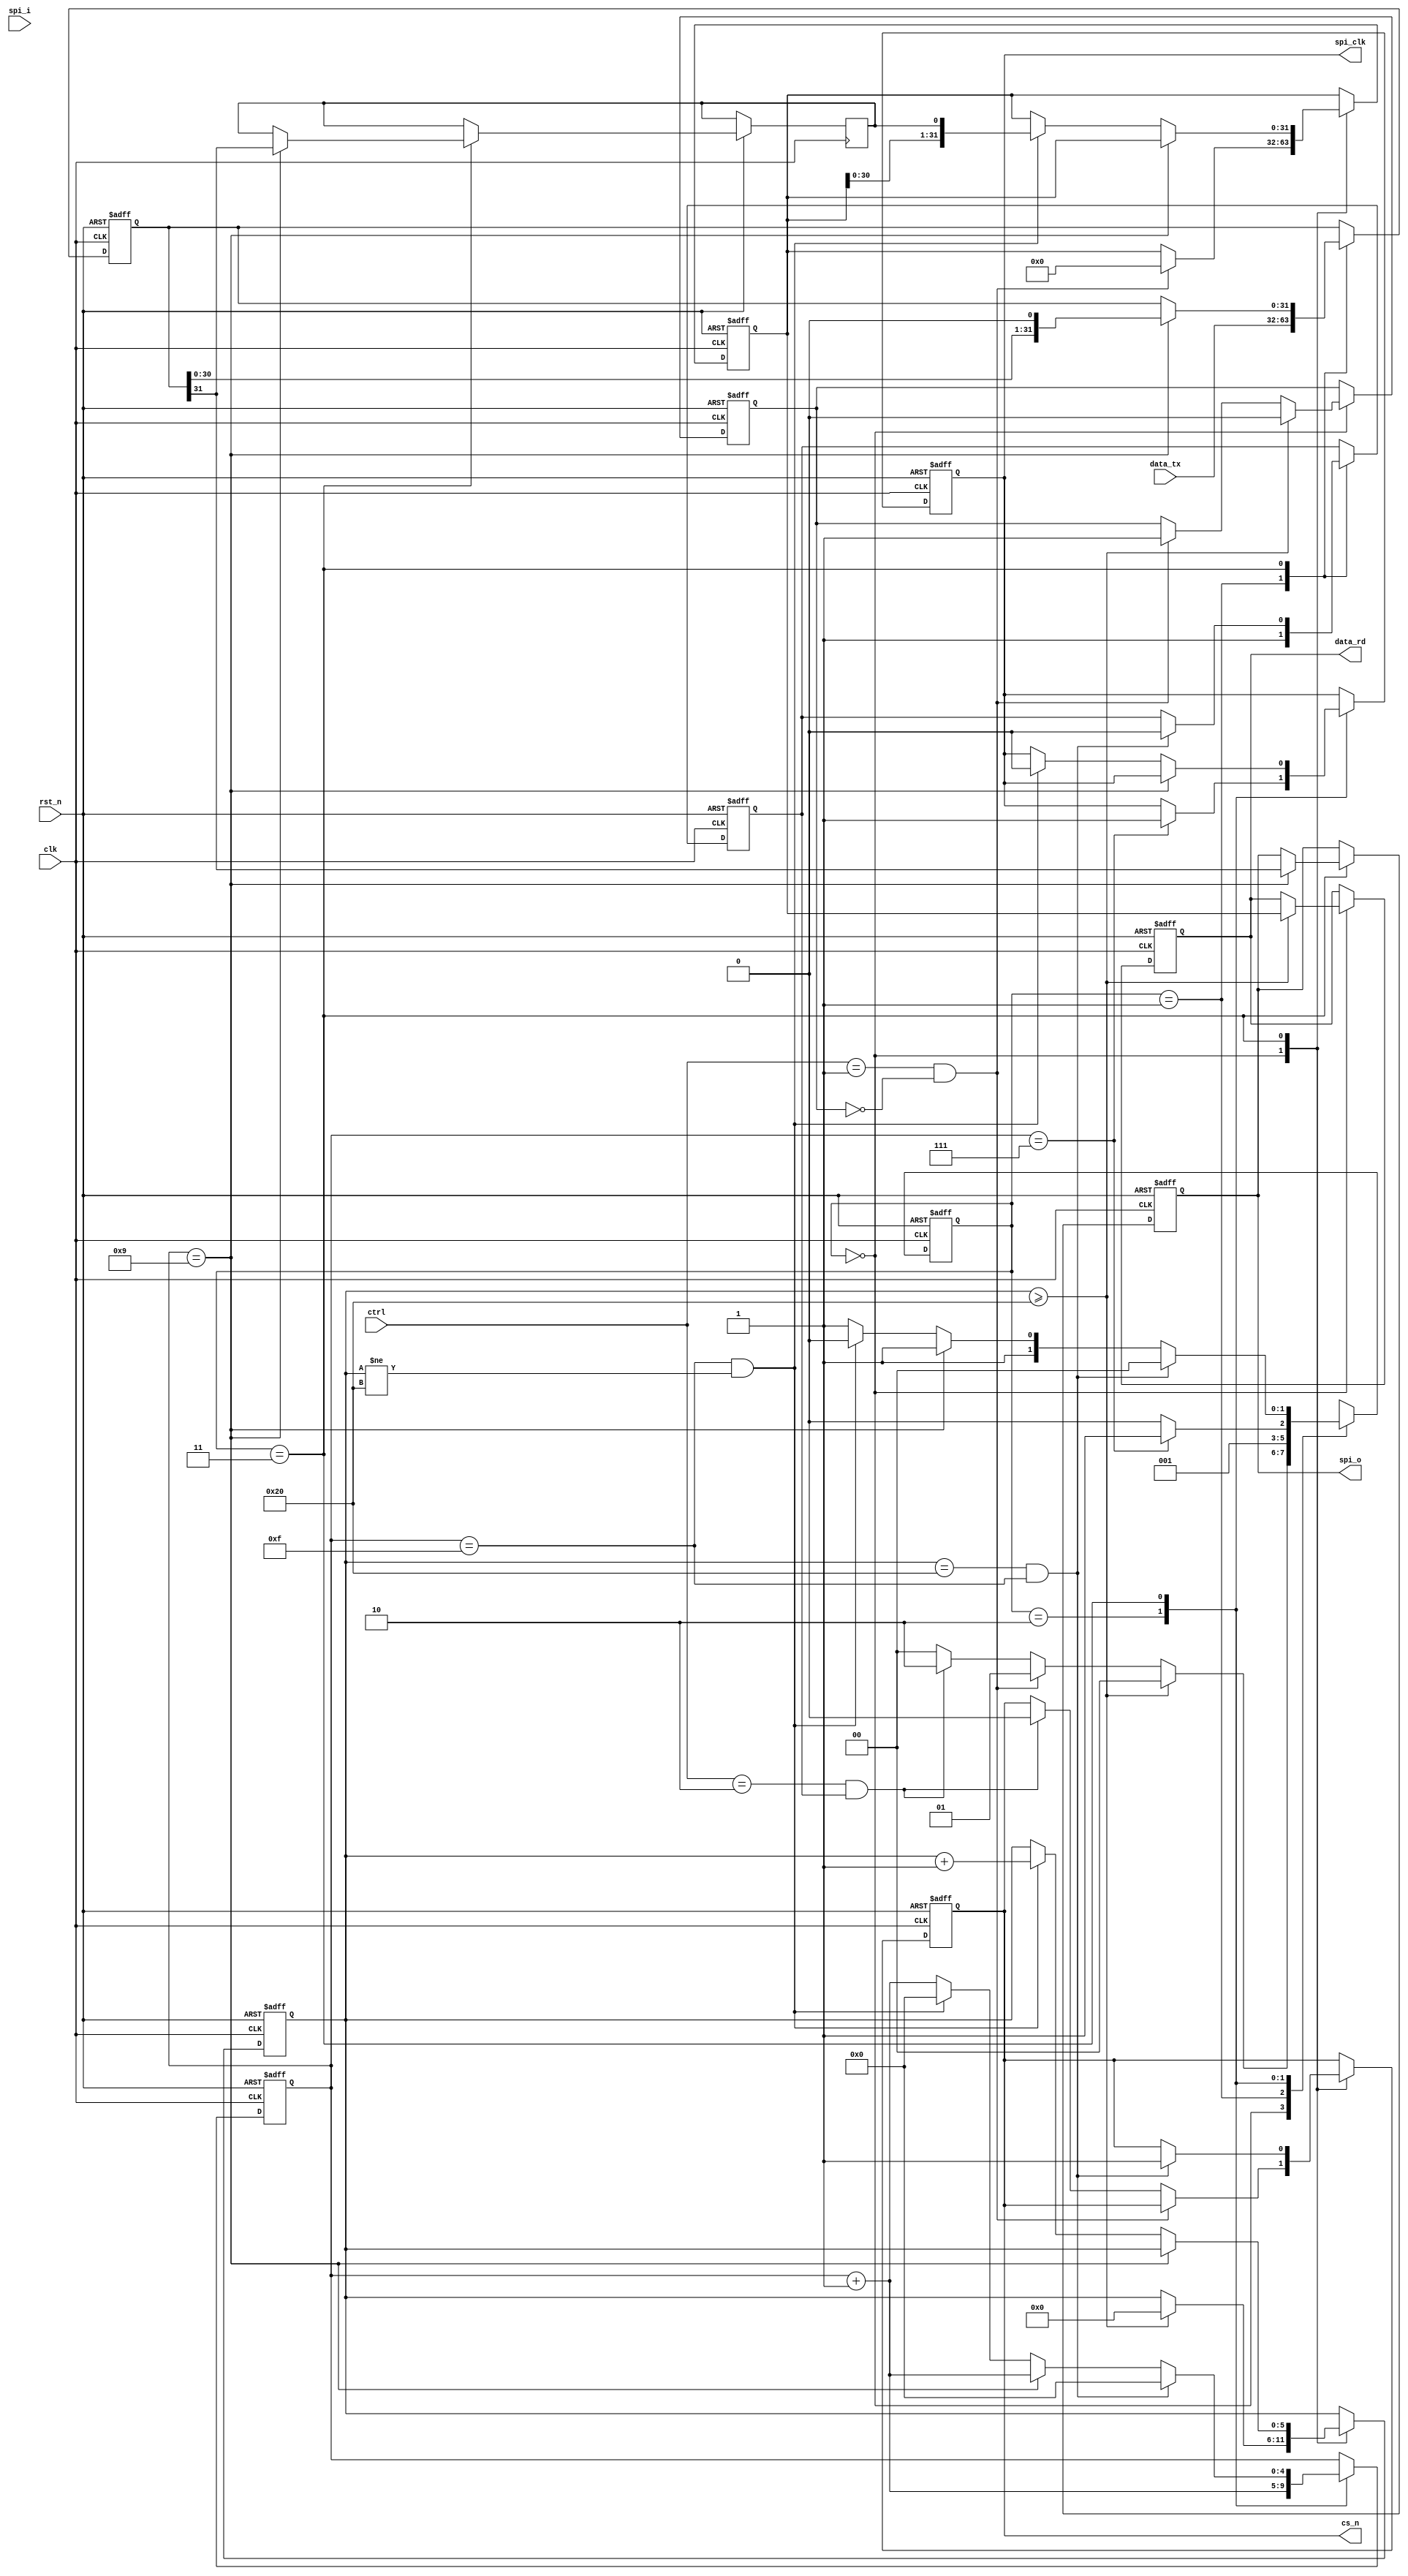
module spi_master(
    input  wire        clk,
    input  wire        rst_n,
    input  wire [31:0] ctrl,
    input  wire [31:0] data_tx,
    input  wire        spi_i,
    
    output reg  [31:0] data_rd,
    
    output reg         spi_clk,
    output reg         cs_n,
    output reg         spi_o
    );

//FSM parameters
parameter idle = 2'b00;
parameter setSR = 2'b01;
parameter stage1 = 2'b10;
parameter stage2 = 2'b11;

//Registers to be declared
reg [31:0] MOSI;
reg [1:0] state_current;
reg initiateSR;
reg srWriteFlag;
reg [4:0] spiclkCounter;
reg [5:0] dataOutCounter;

reg[31:0] localSlaveFIFO;

reg spi_oLatch;

always @(posedge clk or negedge rst_n) begin
    if(~rst_n) begin
        data_rd <= 32'b0;
        spi_clk <= 1'b0;
        cs_n <= 1'b1;
        spi_o <= 1'b0;
        MOSI <= 32'b0;
        initiateSR <= 1'b0;
        srWriteFlag <= 1'b0;
        spiclkCounter <= 3'b0;
        dataOutCounter <= 3'b0;
        localSlaveFIFO <= 32'b0;
        state_current <= idle;
    end else begin
        case(state_current)

            idle: begin //when the transition is done its going to go to this idle stage will it get stuck in else statment of if?
                if(ctrl == 8'h00000001 & initiateSR == 1'b0) begin
                    initiateSR <= 1'b1;
                    localSlaveFIFO <= 32'b0;
                    state_current <= setSR;
                    //after 32 bits have been transferred since srWriteFlag was never reset it comes to idle and immediately back here
                end else if(ctrl == 8'h00000002 && srWriteFlag == 1) begin
                    cs_n <= 0;
                    state_current <= stage1;
                end else begin
                    state_current <= idle;
                end

                if(dataOutCounter >= 32) begin
                    dataOutCounter <= 0;
                    data_rd <= localSlaveFIFO;
                    //this should be set to 0 so the ctrl can go back into the initiateSR stage if not stages just go 01010101
                    initiateSR <= 0;
                    state_current <= idle;
                end
            end

            setSR: begin
                MOSI <= data_tx;
                srWriteFlag <= 1'b1;
                state_current <= idle;
            end

            stage1: begin
                //this makes the frequency ratio 16, first 8 are when clock polarity is low
                spiclkCounter <= spiclkCounter + 1;
                if(spiclkCounter == 7) begin
                    spi_clk <= 1; //flip polarity go to next stage
                    state_current <= stage2;
                end else begin
                    state_current <= stage1;
                end                
            end

            stage2: begin // this will transmit untilspiclkcounter = 16 so no good
                //sample the data, will this cause problems?
                spiclkCounter <= spiclkCounter + 1;
                if(spiclkCounter ==9) begin
                    //shift into spi_o the MSB of local master register MISO, maybe change name to reduce conf
                    spi_o <= MOSI[31];
                    spi_oLatch <= MOSI[31];
                    //moves to next msb bit
                    MOSI <= {MOSI[30:0], 1'b0};
                    state_current <= stage2;
                end else begin 
                    if(spiclkCounter == 15 && dataOutCounter != 32) begin
                        //assign this MSB of MOSI to localslave reigster through spi_o
                        //when data out counter turns to 1 this does not update
                        localSlaveFIFO <= {localSlaveFIFO[30:0], spi_oLatch};
                        //this is a check to see if all data is transmitted
                        dataOutCounter <= dataOutCounter + 1;
                        spi_clk <= 0;
                        spiclkCounter <= 0;
                        state_current <= stage1;
                    end else begin
                        //spiclkCounter <= spiclkCounter + 1;
                        state_current <= stage2;
                    end
                end

                //if dataout is 32, spiclkcounter should always be 16
                if(dataOutCounter == 32 && spiclkCounter == 15) begin
                    cs_n <=1;
                    spiclkCounter <= 0;
                    srWriteFlag <= 0;
                    state_current <= idle;
                end
            end
        endcase  
    end
end
endmodule